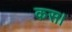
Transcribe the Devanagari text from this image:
कस।